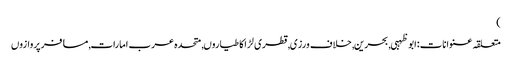
)
متعلقہ عنوانات‬:ابوظہبی, بحرین, خلاف ورزی, قطری لڑاکا طیاروں, متحدہ عرب امارات, مسافر پروازوں